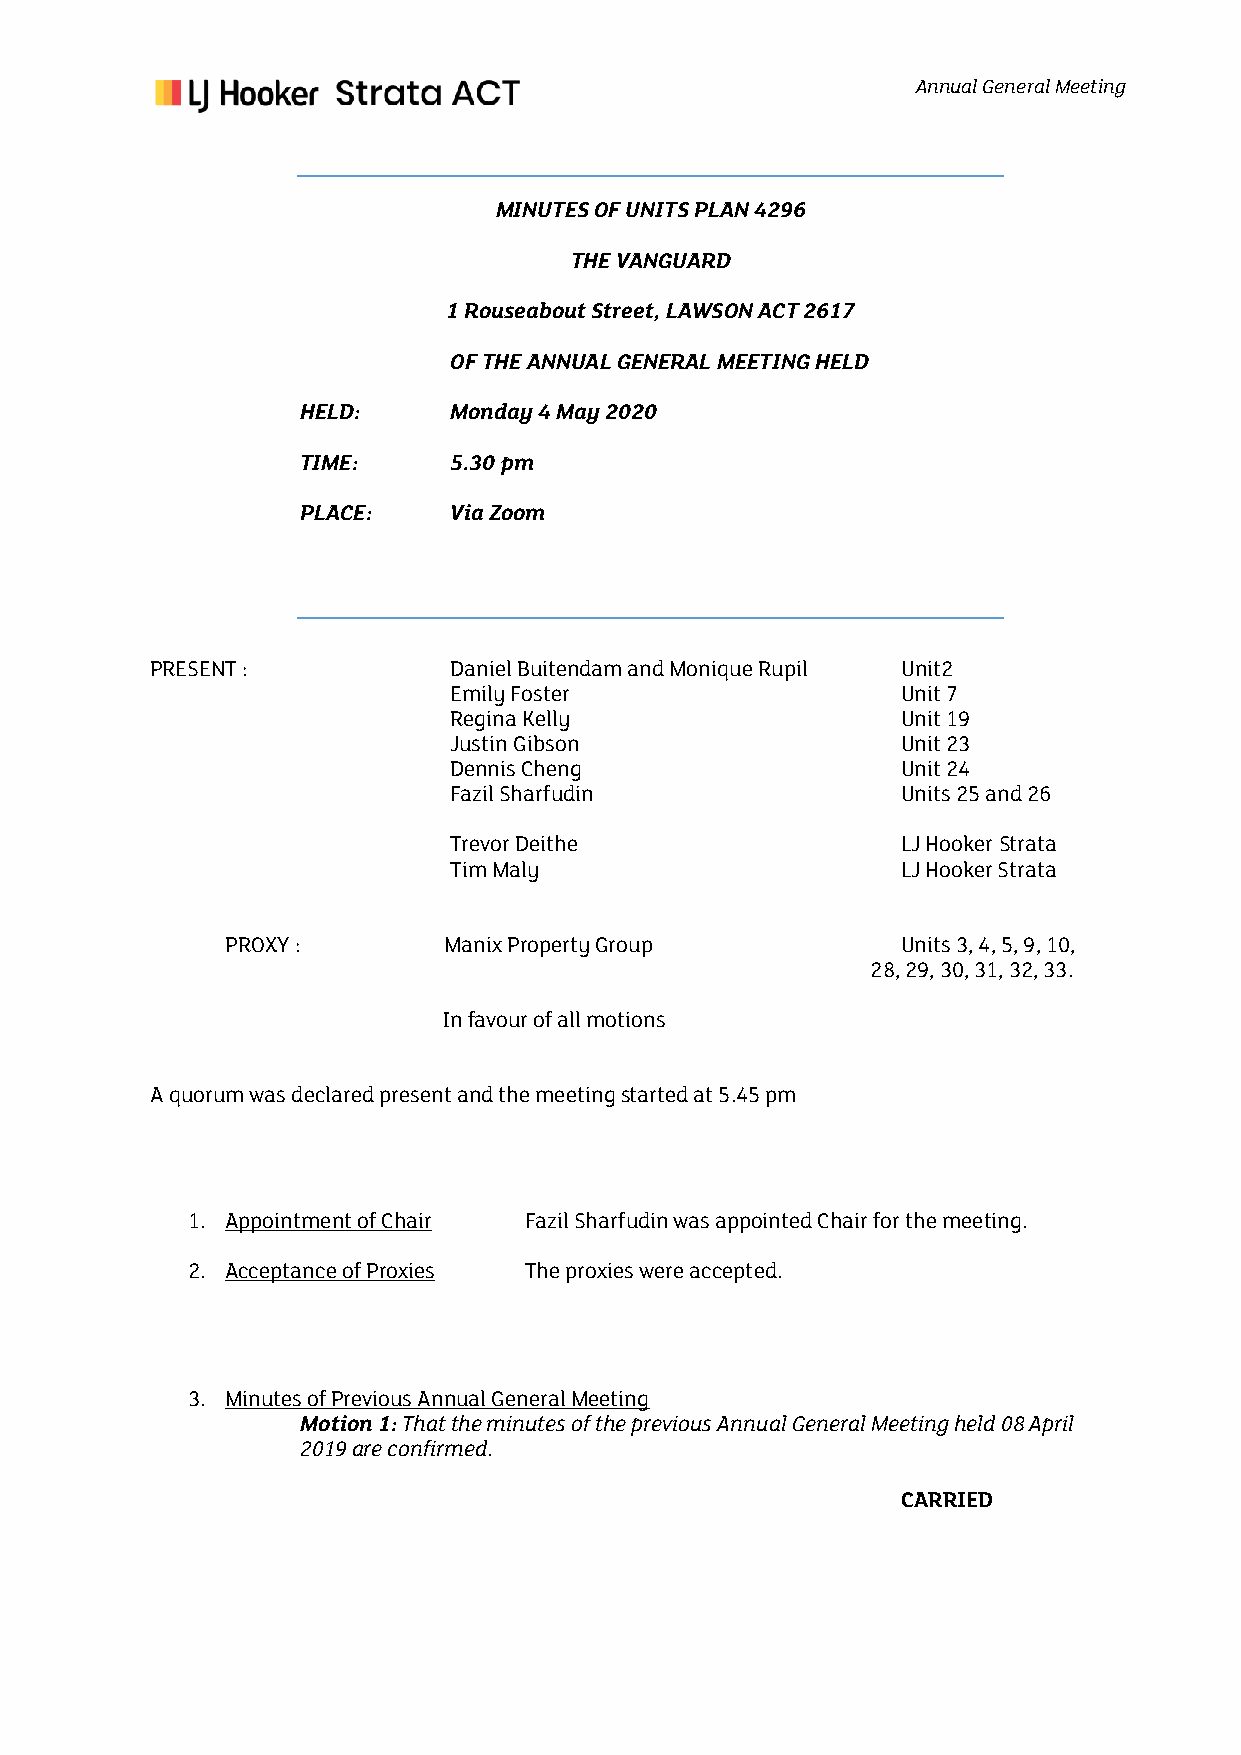
Annual General Meeting
 MINUTES OF UNITS PLAN 4296
 THE VANGUARD
 1 Rouseabout Street, LAWSON ACT 2617
 OF THE ANNUAL GENERAL MEETING HELD
 HELD:     Monday 4 May 2020
 TIME:     5.30 pm
 PLACE:    Via Zoom
 PRESENT :           Daniel Buitendam and Monique Rupil Unit2
 Emily Foster                  Unit 7
 Regina Kelly                  Unit 19
 Justin Gibson                 Unit 23
 Dennis Cheng                  Unit 24
 Fazil Sharfudin               Units 25 and 26
 Trevor Deithe                 LJ Hooker Strata
 Tim Maly                      LJ Hooker Strata
 PROXY :       Manix Property Group           Units 3, 4, 5, 9, 10,
 28, 29, 30, 31, 32, 33.
 In favour of all motions
 A quorum was declared present and the meeting started at 5.45 pm
 1. Appointment of Chair Fazil Sharfudin was appointed Chair for the meeting.
 2. Acceptance of Proxies The proxies were accepted.
 3. Minutes of Previous Annual General Meeting
 Motion 1: That the minutes of the previous Annual General Meeting held 08 April
 2019 are confirmed.
 CARRIED